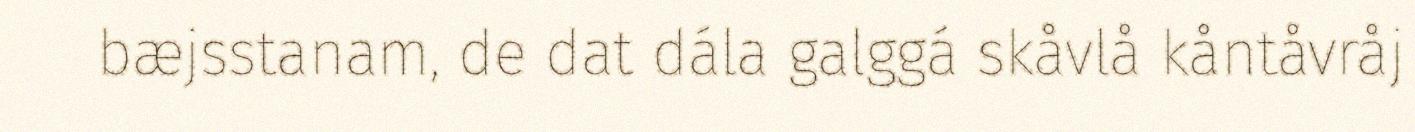
bæjsstanam, de dat dála galggá skåvlå kåntåvråj